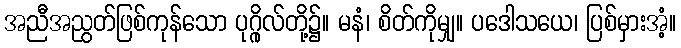
အညီအညွတ်ဖြစ်ကုန်သော ပုဂ္ဂိုလ်တို့၌။ မနံ၊ စိတ်ကိုမျှ။ ပဒေါသယေ၊ ပြစ်မှားအံ့။